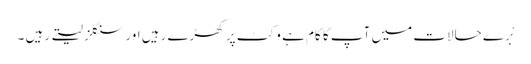
بْرے حالات میں آپ کا کام ہے وکٹ پر کھڑے رہیں اور سنگلز لیتے رہیں ۔